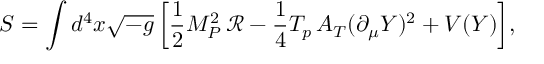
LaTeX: S = \int { d ^ { 4 } x \sqrt { - g } \left[ \frac { 1 } { 2 } M _ { P } ^ { 2 } \, \mathcal { R } - \frac { 1 } { 4 } T _ { p } \, A _ { T } ( \partial _ { \mu } Y ) ^ { 2 } + V ( Y ) \right] } ,